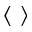
\langle \, \, \rangle